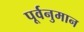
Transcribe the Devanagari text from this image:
पूर्वनुमान